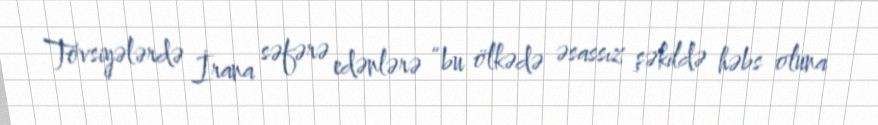
Tövsiyələrdə İrana səfərə edənlərə “bu ölkədə əsassız şəkildə həbs oluna